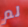
لم